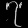
Digit: ၇